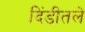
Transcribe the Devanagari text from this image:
दिंडीतले